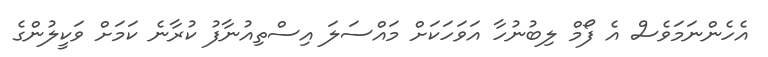
އެހެންނަމަވެސް އެ ފޯމް ލިބުނުހާ އަވަހަކަށް މައްސަލަ އިސްތިއުނާފު ކުރާނެ ކަމަށް ވަކީލުންގެ